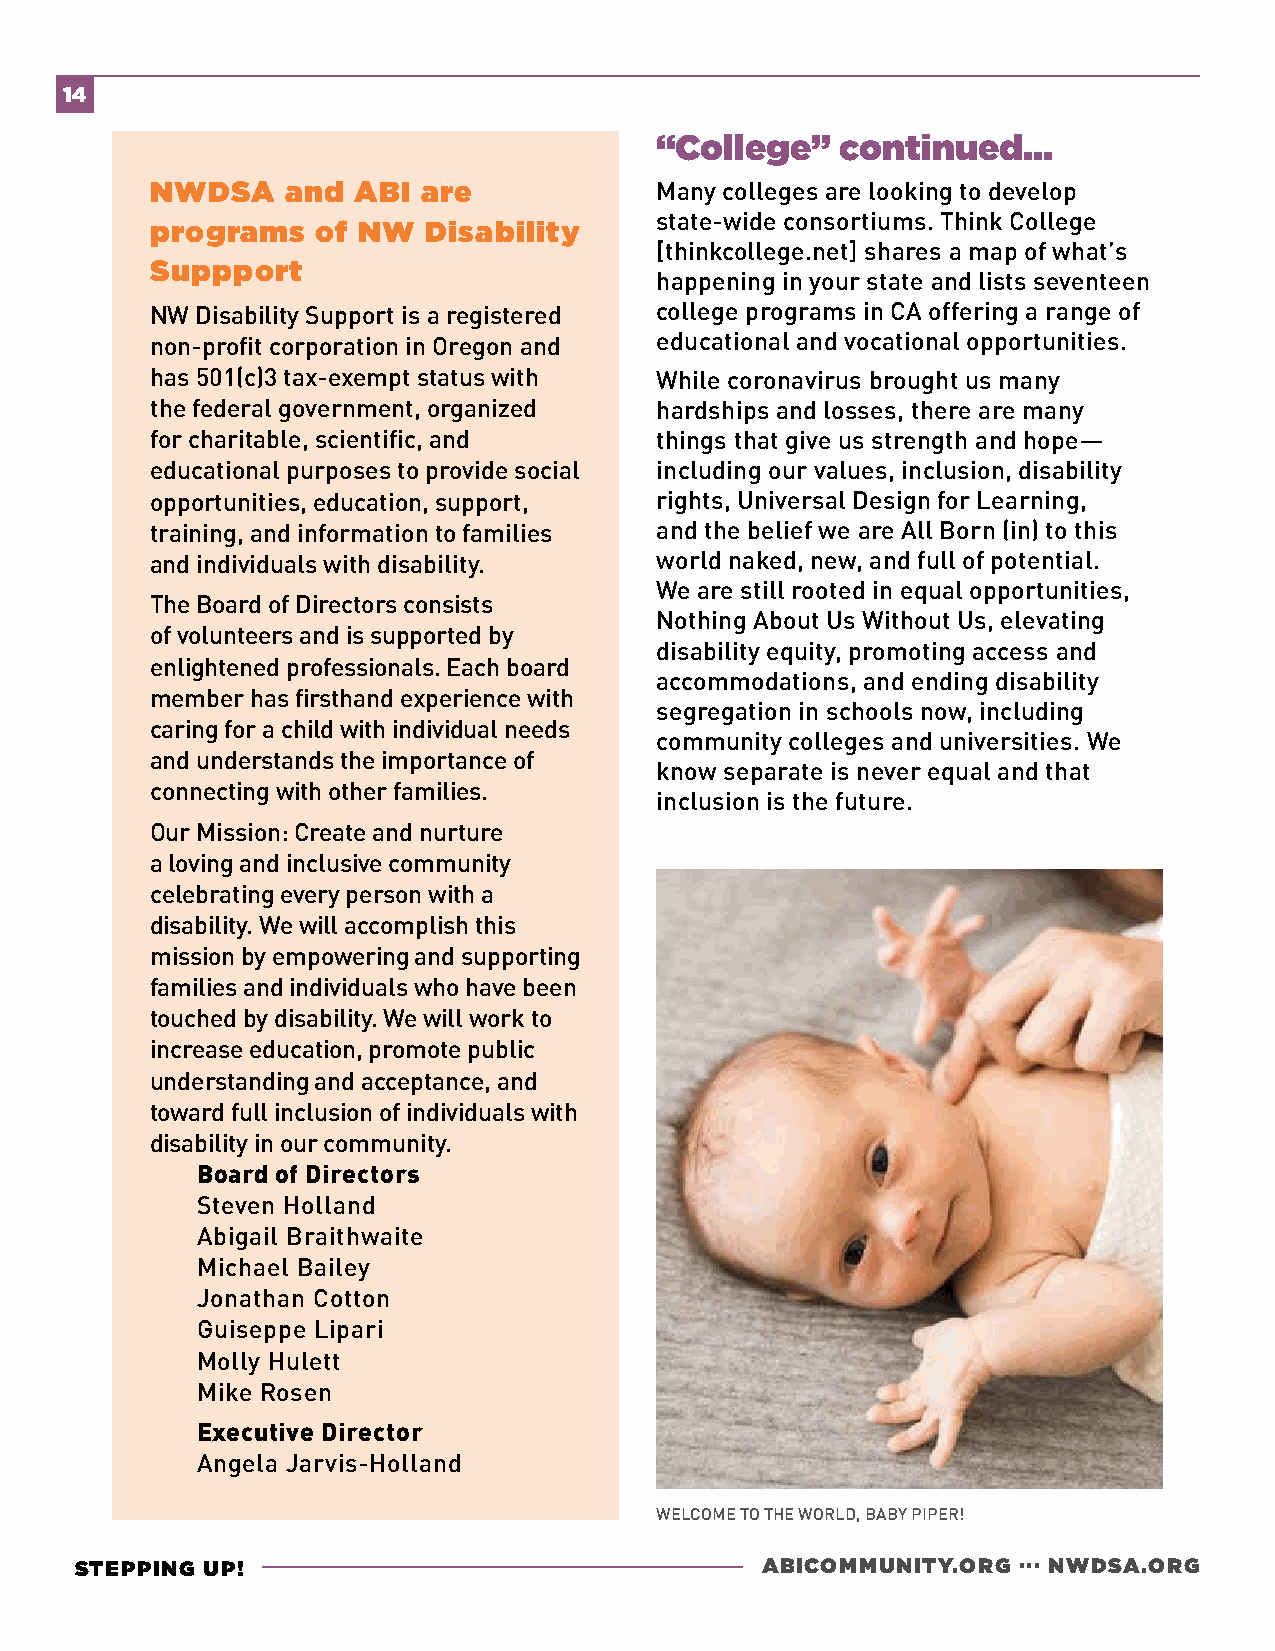
14
 “College”    continued...
 NWDSA    and ABI  are            Many colleges are looking to develop
 state-wide consortiums. Think College
 programs   of NW  Disability
 [thinkcollege.net] shares a map of what’s
 Suppport
 happening in your state and lists seventeen
 NW Disability Support is a registered college programs in CA offering a range of
 non-profit corporation in Oregon and educational and vocational opportunities.
 has 501(c)3 tax-exempt status with While coronavirus brought us many
 the federal government, organized hardships and losses, there are many
 for charitable, scientific, and  things that give us strength and hope—
 educational purposes to provide social including our values, inclusion, disability
 opportunities, education, support, rights, Universal Design for Learning,
 training, and information to families and the belief we are All Born (in) to this
 and individuals with disability. world naked, new, and full of potential.
 We are still rooted in equal opportunities,
 The Board of Directors consists
 Nothing About Us Without Us, elevating
 of volunteers and is supported by
 disability equity, promoting access and
 enlightened professionals. Each board
 accommodations, and ending disability
 member has firsthand experience with
 segregation in schools now, including
 caring for a child with individual needs
 community colleges and universities. We
 and understands the importance of
 know separate is never equal and that
 connecting with other families.
 inclusion is the future.
 Our Mission: Create and nurture
 a loving and inclusive community
 celebrating every person with a
 disability. We will accomplish this
 mission by empowering and supporting
 families and individuals who have been
 touched by disability. We will work to
 increase education, promote public
 understanding and acceptance, and
 toward full inclusion of individuals with
 disability in our community.
 Board of Directors
 Steven Holland
 Abigail Braithwaite
 Michael Bailey
 Jonathan Cotton
 Guiseppe Lipari
 Molly Hulett
 Mike Rosen
 Executive Director
 Angela Jarvis-Holland
 WELCOME TO THE WORLD, BABY PIPER!
 STEPPING UP!                                 ABICOMMUNITY.ORG ... NWDSA.ORG